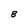
Character: B